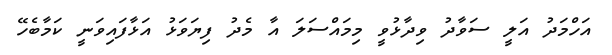
އަހްމަދު އަލީ ސަވާދު ވިދާޅުވީ މިމައްސަލަ އާ މެދު ފިޔަވަޅު އަޅާފައިވަނީ ކަމާބެހޭ